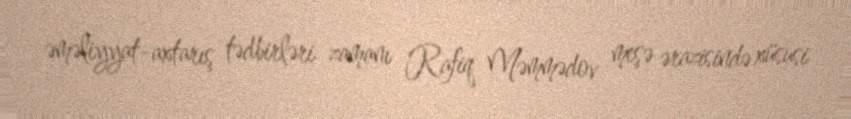
əməliyyat-axtarış tədbirləri zamanı Rafiq Məmmədov meşə ərazisində xüsusi